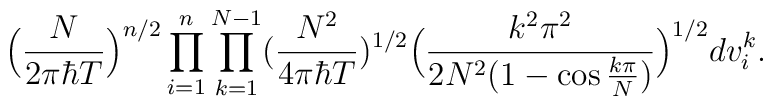
\Big(\frac{N}{ 2 \pi \hbar T } \Big)^{n/2}\prod_{i=1}^{n} \prod_{k=1}^{N-1} ( \frac{N^2}{ 4 \pi \hbar T} )^{1/2}\Big( \frac{k^2 \pi^2}{ 2 N^2 (1-\cos\frac{k \pi}{N})} \Big)^{1/2} dv^k_i.